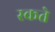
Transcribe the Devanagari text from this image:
स्कते